Report of the Indian Hemp Drugs Commission, 1894-1895 - Volume III
Year: 1894
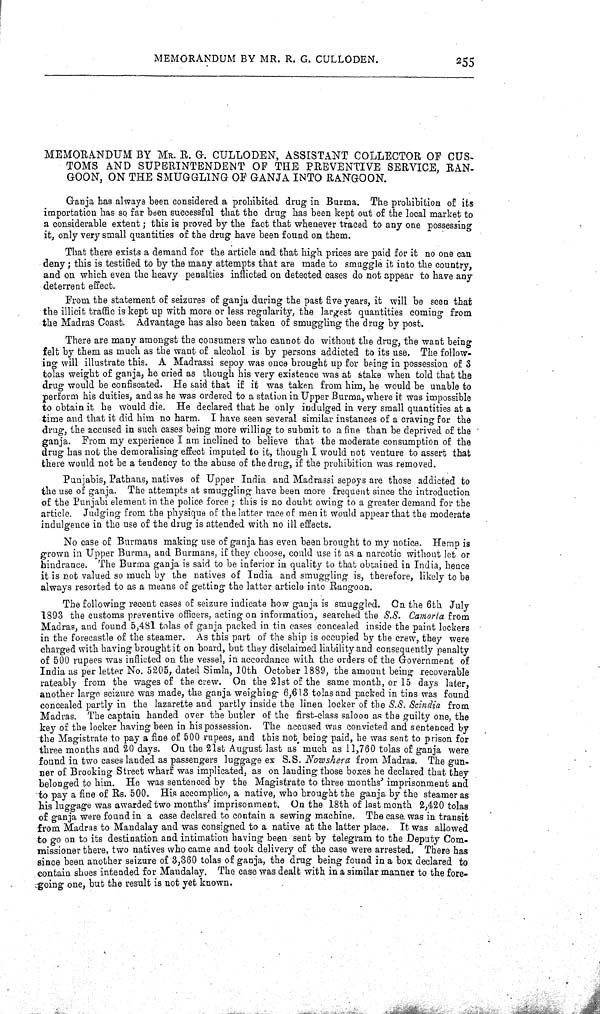
MEMORANDUM BY MR. R. G. CULLODEN.
255
MEMORANDUM BY MR. R. G. CULLODEN, ASSISTANT COLLECTOR OP CUS-
TOMS AND SUPERINTENDENT OF THE PREVENTIVE SERVICE, RAN-
GOON, ON THE SMUGGLING OF GANJA INTO RANGOON.
Ganja has always been considered a prohibited drug in Burma. The prohibition of its
importation has so far been successful that the drug has been kept out of the local market to
a considerable extent; this is proved by the fact that whenever traced to any one possessing
it, only very small quantities of the drug have been found on them.
That there exists a demand for the article and that high prices are paid for it no one can
deny; this is testified to by the many attempts that are made to smuggle it into the country,
and on which even the heavy penalties inflicted on detected cases do not appear to have any
deterrent effect.
From the statement of seizures of ganja during the past five years, it will be seen that
the illicit traffic is kept up with more or less regularity, the largest quantities coming from
the Madras Coast. Advantage has also been taken of smuggling the drug by post.
There are many amongst the consumers who cannot do without the drug, the want being
felt by them as much as the want of alcohol is by persons addicted to its use. The follow-
ing will illustrate this. A Madrassi sepoy was once brought up for being in possession of 3
tolas weight of ganja, he cried as though his very existence was at stake when told that the
drug would be confiscated. He said that if it was taken from him, he would be unable to
perform his duities, and as he was ordered to a station in Upper Burma, where it was impossible
to obtain it he would die. He declared that he only indulged in very small quantities at a
time and that it did him no harm. I have seen several similar instances of a craving for the
drug, the accused in such cases being more willing to submit to a fine than be deprived of the
ganja. From my experience I am inclined to believe that the moderate consumption of the
drug has not the demoralising effect imputed to it, though I would not venture to assert that
there would not be a tendency to the abuse of the drug, if the prohibition was removed.
Punjabis, Pathans, natives of Upper India and Madrassi sepoys are those addicted to
the use of ganja. The attempts at smuggling have been more frequent since the introduction
of the Punjabi element in the police force; this is no doubt owing to a greater demand for the
article. Judging from the physique of the latter race of men it would appear that the moderate
indulgence in the use of the drug is attended with no ill effects.
No case of Burmans making use of ganja has even been brought to my notice. Hemp is
grown in Upper Burma, and Burmans, if they choose, could use it as a narcotic without let or
hindrance. The Burma ganja is said to be inferior in quality to that obtained in India, hence
it is not valued so much by the natives of India and smuggling is, therefore, likely to be
always resorted to as a means of getting the latter article into Rangoon.
The following recent cases of seizure indicate how ganja is smuggled. On the 6th July
1893 the customs preventive officers, acting on information, searched the S.S. Camorta from
Madras, and found 5,481 tolas of ganja packed in tin cases concealed inside the paint lockers
in the forecastle of the steamer. As this part of the ship is occupied by the crew, they were
charged with having brought it on board, but they disclaimed liability and consequently penalty
of 500 rupees was inflicted on the vessel, in accordance with the orders of the Government of
India as per letter No. 5205, dated Simla, 10th October 1889, the amount being recoverable
rateably from the wages of the crew. On the 21st of the same month, or 15 days later,
another large seizure was made, the ganja weighing 6,613 tolas and packed in tins was found
concealed partly in the lazarette and partly inside the linen locker of the S.S. Scindia from
Madras. The captain handed over the butler of the first-class saloon as the guilty one, the
key of the locker having been in his possession. The accused was convicted and sentenced by
the Magistrate to pay a fine of 500 rupees, and this not being paid, he was sent to prison for
three months and 20 days. On the 21st August last as much as 11,760 tolas of ganja were
found in two cases landed as passengers luggage ex S.S. Nowshera from Madras. The gun-
ner of Brooking Street wharf was implicated, as on landing those boxes he declared that they
belonged to him. He was sentenced by the Magistrate to three months' imprisonment and
to pay a fine of Rs. 500. His accomplice, a native, who brought the ganja by the steamer as
his luggage was awarded two months' imprisonment. On the 18th of last month 2,420 tolas
of ganja were found in a case declared to contain a sewing machine. The case was in transit
from Madras to Mandalay and was consigned to a native at the latter place. It was allowed
to go on to its destination and intimation having been sent by telegram to the Deputy Com-
missioner there, two natives who came and took delivery of the case were arrested. There has
since been another seizure of 3,360 tolas of ganja, the drug being found in a box declared to
contain shoes intended for Mandalay. The case was dealt with in a similar manner to the fore-
going one, but the result is not yet known.